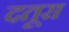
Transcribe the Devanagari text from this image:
दतूरा